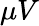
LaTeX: \mu V